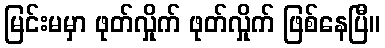
မြင်းမမှာ ဖုတ်လှိုက် ဖုတ်လှိုက် ဖြစ်နေပြီ။